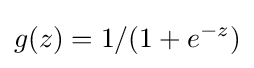
g(z)=1/(1+e^{-z})